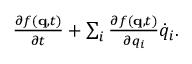
\textstyle { \frac { \partial f ( \mathbf { q } , t ) } { \partial t } } + \sum _ { i } { \frac { \partial f ( \mathbf { q } , t ) } { \partial q _ { i } } } { \dot { q } } _ { i } .